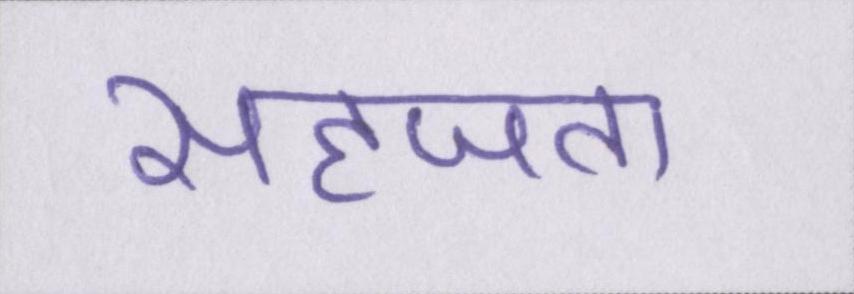
सहजता